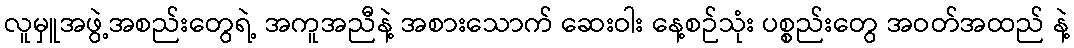
လူမှူအဖွဲ့အစည်းတွေရဲ့ အကူအညီနဲ့ အစားသောက် ဆေးဝါး နေ့စဉ်သုံး ပစ္စည်းတွေ အဝတ်အထည် နဲ့